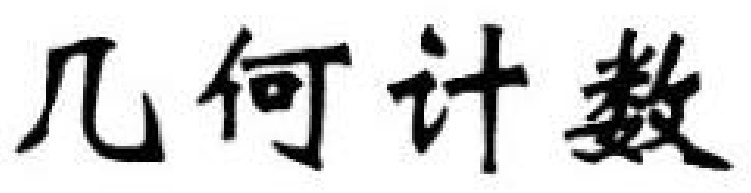
几何计数